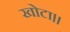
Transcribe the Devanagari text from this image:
खोटा।।